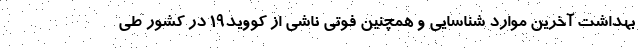
بهداشت آخرین موارد شناسایی و همچنین فوتی ناشی از کووید۱۹ در کشور طی